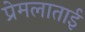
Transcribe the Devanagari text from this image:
प्रेमलाताई